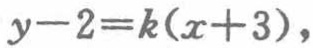
\(y - 2 = k(x + 3)\)